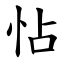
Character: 怗